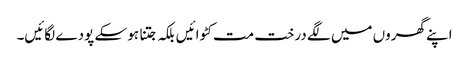
اپنے گھروں میں لگے درخت مت کٹوائیں بلکہ جتنا ہو سکے پودے لگائیں۔